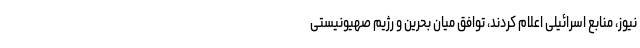
نیوز، منابع اسرائیلی اعلام کردند، توافق میان بحرین و رژیم صهیونیستی